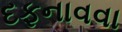
દફનાવવા